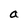
Character: a